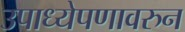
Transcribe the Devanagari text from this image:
उपाध्येपणावरुन